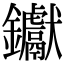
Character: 钀